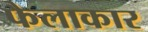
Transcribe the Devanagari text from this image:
फैलाकार